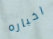
اخباره